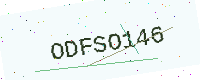
Text: ODFSO146